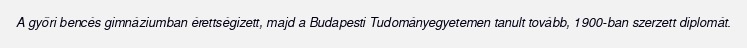
A győri bencés gimnáziumban érettségizett, majd a Budapesti Tudományegyetemen tanult tovább, 1900-ban szerzett diplomát.